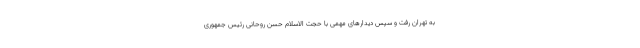
به تهران رفت و سپس دیدارهای مهمی با حجت الاسلام حسن روحانی رئیس جمهوری